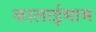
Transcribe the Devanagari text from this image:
कालाईमाम